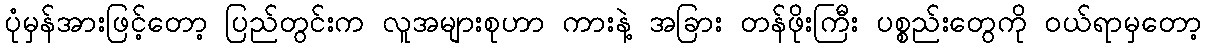
ပုံမှန်အားဖြင့်တော့ ပြည်တွင်းက လူအများစုဟာ ကားနဲ့ အခြား တန်ဖိုးကြီး ပစ္စည်းတွေကို ဝယ်ရာမှတော့